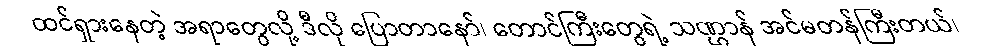
ထင်ရှားနေတဲ့ အရာတွေလို့ ဒီလို ပြောတာနော်၊ တောင်ကြီးတွေရဲ့ သဏ္ဌာန် အင်မတန်ကြီးတယ်၊